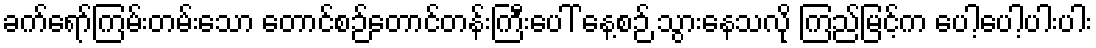
ခက်ရော်ကြမ်းတမ်းသော တောင်စဉ်တောင်တန်းကြီးပေါ် နေ့စဉ် သွားနေသလို ကြည်မြင့်က ပေါ့ပေါ့ပါးပါး